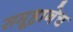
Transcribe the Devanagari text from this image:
समूहानेच